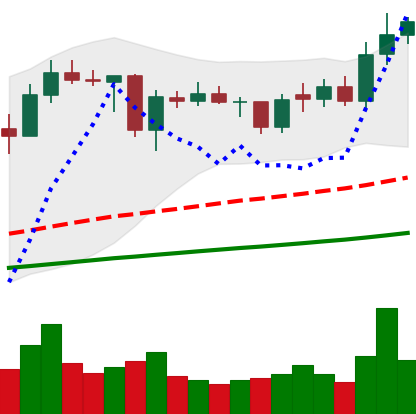
Ticker: ADA-USD
Chart end date: 2021-02-03
Forward return: 54.624%
Label: up_7plus